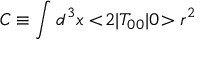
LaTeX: C \equiv \int d ^ { 3 } x < \! 2 | T _ { 0 0 } | 0 \! > r ^ { 2 }